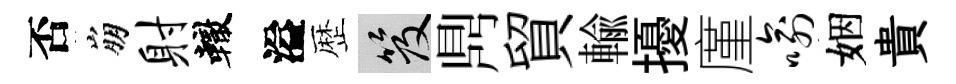
否崩射轍溢歴笈𪔂貿輸擾廑喻姻貴